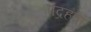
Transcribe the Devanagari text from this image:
पंद्रहवां